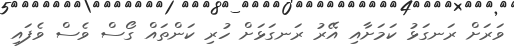
ވަރަށް ރަނގަޅު ކަމަށާއި އޭރު ރަނގަޅަށް ހުރި ކަންތައް ގޯސް ވެސް ވެފައި